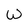
Character: W